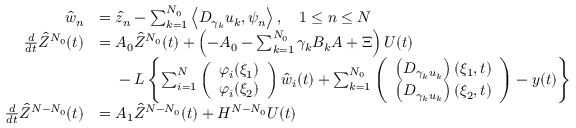
\begin{array} { r l } { \hat { w } _ { n } } & { = \hat { z } _ { n } - \sum _ { k = 1 } ^ { N _ { 0 } } \left< D _ { \gamma _ { k } } u _ { k } , \psi _ { n } \right> , \quad 1 \leq n \leq N } \\ { \frac { d } { d t } \hat { Z } ^ { N _ { 0 } } ( t ) } & { = A _ { 0 } \hat { Z } ^ { N _ { 0 } } ( t ) + \left( - A _ { 0 } - \sum _ { k = 1 } ^ { N _ { 0 } } \gamma _ { k } B _ { k } A + \Xi \right) U ( t ) } \\ & { \phantom { = } \; - L \left\{ \sum _ { i = 1 } ^ { N } \left( \begin{array} { l } { \varphi _ { i } ( \xi _ { 1 } ) } \\ { \varphi _ { i } ( \xi _ { 2 } ) } \end{array} \right) \hat { w } _ { i } ( t ) + \sum _ { k = 1 } ^ { N _ { 0 } } \left( \begin{array} { l } { \left( D _ { \gamma _ { k } u _ { k } } \right) ( \xi _ { 1 } , t ) } \\ { \left( D _ { \gamma _ { k } u _ { k } } \right) ( \xi _ { 2 } , t ) } \end{array} \right) - y ( t ) \right\} } \\ { \frac { d } { d t } \hat { Z } ^ { N - N _ { 0 } } ( t ) } & { = A _ { 1 } \hat { Z } ^ { N - N _ { 0 } } ( t ) + H ^ { N - N _ { 0 } } U ( t ) } \end{array}